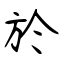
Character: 於